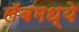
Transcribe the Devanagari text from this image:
लॅबमध्ये